Annual report of the Punjab Veterinary College and of the Civil Veterinary Department, Punjab - 1909-1919
Year: 1909
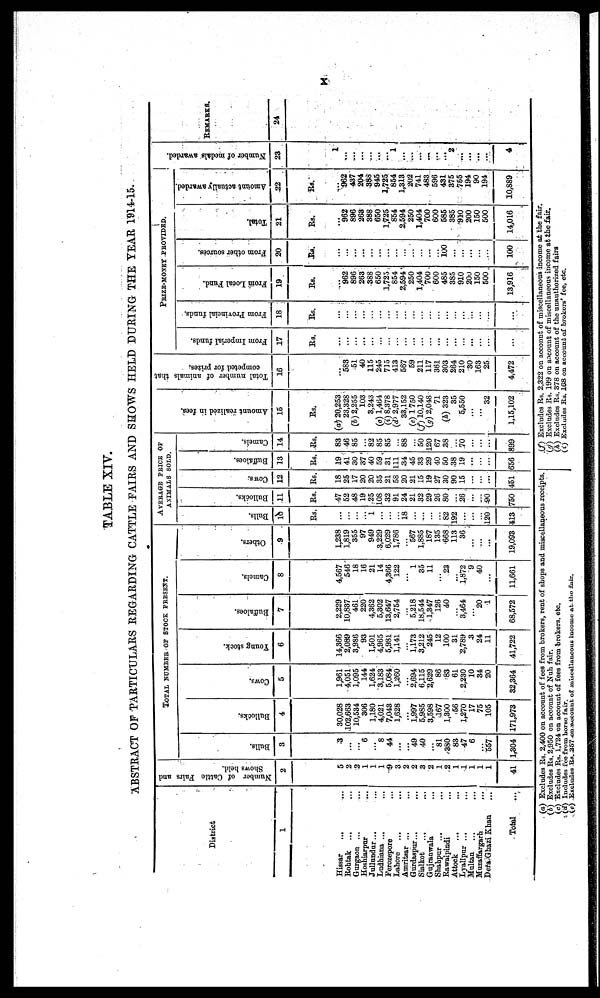
x
TABLE XIV.
ABSTRACT OF PARTICULARS REGARDING CATTLE FAIRS AND SHOWS HELD DURING THE YEAR 1914-15.
District
1
Hissar
...
...
Rohtak ... ...
Gurgaon ... ...
Hoshiarpur
...
...
Jullundur ... ...
Ludhiana ... ...
Ferozepore ... ...
Lahore ... ...
Amritaar ... ...
Gurdaspur ... ...
Sialkot
... ...
Gujranwala ...
Shahpur ... ...
Rawalpindi
Attock .. ...
Lyallpur ... ...
Multan ... ...
Muzaffargarh
...
Dera Ghazi Khan ...
Total
Number of Cattle Fairs and
Shows held.
2
5
2
2
1
1
1
9
3
2
2
3
2
1
2
1
1
1
1
1
41
TOTAL NUMBER OF STOCK PRESENT.
Bulls.
3
3
...
...
6
...
8
44
...
...
49
40
...
81
380
83
47
6
...
557
1,304
Bullocks.
4
30,028
102,663
10,534
306
1,180
4,021
7,043
1,628
...
1,997
5,985
3,598
167
1,300
56
1,270
17
75
105
171,973
Cows.
5
1,961
4,051
1,095
144
1,624
3,183
5,084
1,260
...
2,694
6,115
2,629
86
83
61
2,230
10
34
20
32,364
Young stock.
6
14,366
2,089
3,986
93
1,501
4,965
5,981
1,141
...
1,173
3,212
245
12
100
31
2,789
3
24
11
41,722
Buffaloes.
7
2,229
10,837
461
220
4,362
5,302
13,647
2,754
....
5,218
18,544
1,347
126
40
...
3,464
... 20
1
68,572
Camels.
8
4,567
546
18
16
21
14
4,366
122
...
1
35
11
...
23
...
1,872
9
40
...
11,661
Others.
9
1,238
1,819
355
97
949
3,229
6,029
1,786
....
567
1,885
187
135
668
113
36
...
...
...
19,093
AVERAGE PRICE OF
ANIMALS SOLD.
Bulls.
10
Rs.
...
...
...
....
1
...
....
...
18
....
...
...
...
82
192
...
...
...
120
413
Bullocks.
11
Rs.
47
52
48
19
25
108
32
91
24
21
32
29
26
80
...
26
...
...
90
750
Cows.
12
Rs.
18
25
17
20
20
35
21
58
20
21
15
19
27
30
90
15
...
...
...
451
Buffaloes.
13
Rs.
19
41
30
37
40
59
31
111
.34
45
33
29
40
50
38
19
...
...
...
656
Camels.
14
Rs.
83
46
85
...
82
85
85
...
88
...
50
120
67
38
...
70
...
...
...
399
Amo u n t r eal i zed in fees.
15
Rs.
(a) 20,253
23,328
(b) 2,255
103
3,243
(c) 1,464
(i) 8,378
(d) 2,977
33,152
(e) 1750
(f) 10,140
(g) 2,048
71
(h) 323
35
5,550
...
...
32
1,15,102
Total number of animals that
competed for prizes,
16
...
583
51
40
115
245
715
413
567
59
211
117
361
303
264
210
30
163
25
4,472
PRIZE-MONEY PROVIDED.
From Imperial funds.
17
Rs.
...
...
...
...
...
...
...
...
...
...
...
...
...
...
...
...
...
...
...
...
From Provincial funds.
18
Rs.
...
...
...
...
...
...
...
...
...
...
...
...
...
...
...
...
...
...
...
...
From Local Fund.
19
Rs.
...
962
896
263
388
650
1,725
854
2,594
250
1,404
700
600
485
385
910
200
150
500
13,916
From other sources.
20
Rs.
...
....
...
...
...
...
...
...
...
....
...
...
...
100
...
...
...
...
...
100
Total.
21
Rs.
962
896
263
388
650
1,725
854
2,594
250
1,404
700
600
585
385
910
200
150
500
14,016
Amount actually awarded.
22
Rs.
962
437
204
388
945
1,725
854
1,313
202
741
483
596
431
375
755
194
90
194
10,889
Number of medals awarded.
23
1
...
...
...
...
...
...
1
...
...
...
...
...
...
2
...
...
...
....
4
REMARKS.
24
(a) Excludes Rs. 2,400 on account of fees from brokers, rent of shops and miscellaneous receipts.
(b) Excludes Rs. 2,950 on accouat of Nuh fair.
(c) Excludes Rs. 1,724 on account of fees from brokers, etc.
(d) Includes fee from horse fair.
(e) Excludes Rs.257 on account of miscellaneous income at the fair.
(f) Excludes Rs. 2,322 on account of miscellaneous income at the fair.
(g) Excludes Rs. 199 on account of miscellaneous income at the fair.
(h) Excludes Rs. 378 on account of the unauthorized fairs
(i) Excludes Rs. 168 on account of brokers' fee, etc.